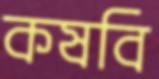
কষবি